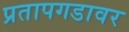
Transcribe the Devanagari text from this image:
प्रतापगडावर